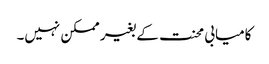
کامیابی محنت کے بغیر ممکن نہیں۔